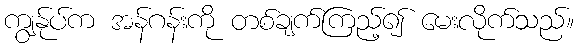
ကျွန်ုပ်က အန်ဂန်းကို တစ်ချက်ကြည့်၍ မေးလိုက်သည်။